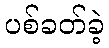
ပစ်ခတ်ခဲ့